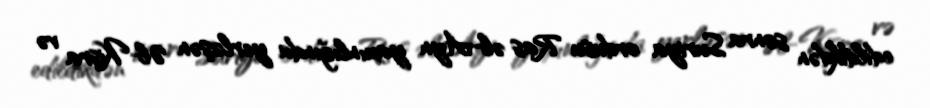
edildikdən sonra Suriya ordusu Ras əl-Ayn yaxınlığında yerləşən Əl-Kisra və